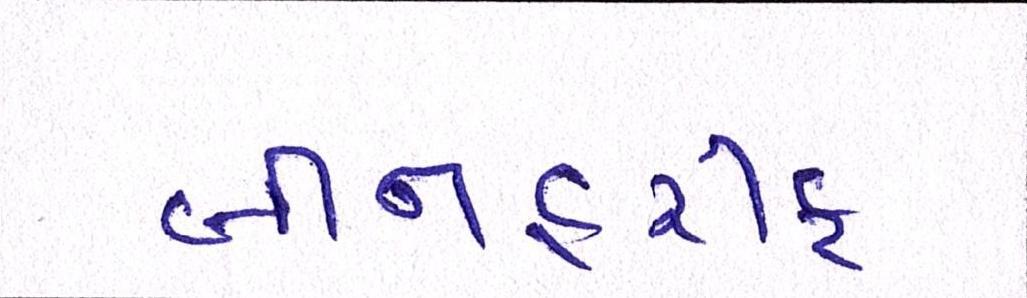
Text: બીનહરીફ